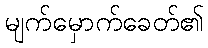
မျက်မှောက်ခေတ်၏